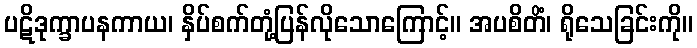
ပဋိဒုက္ခာပနကာယ၊ နှိပ်စက်တုံ့ပြန်လိုသောကြောင့်။ အပစိတိံ၊ ရိုသေခြင်းကို။